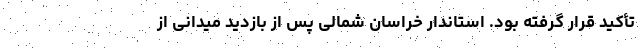
تأکید قرار گرفته بود. استاندار خراسان شمالی پس از بازدید میدانی از